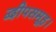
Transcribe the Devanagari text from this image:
द्वीपसमूह।